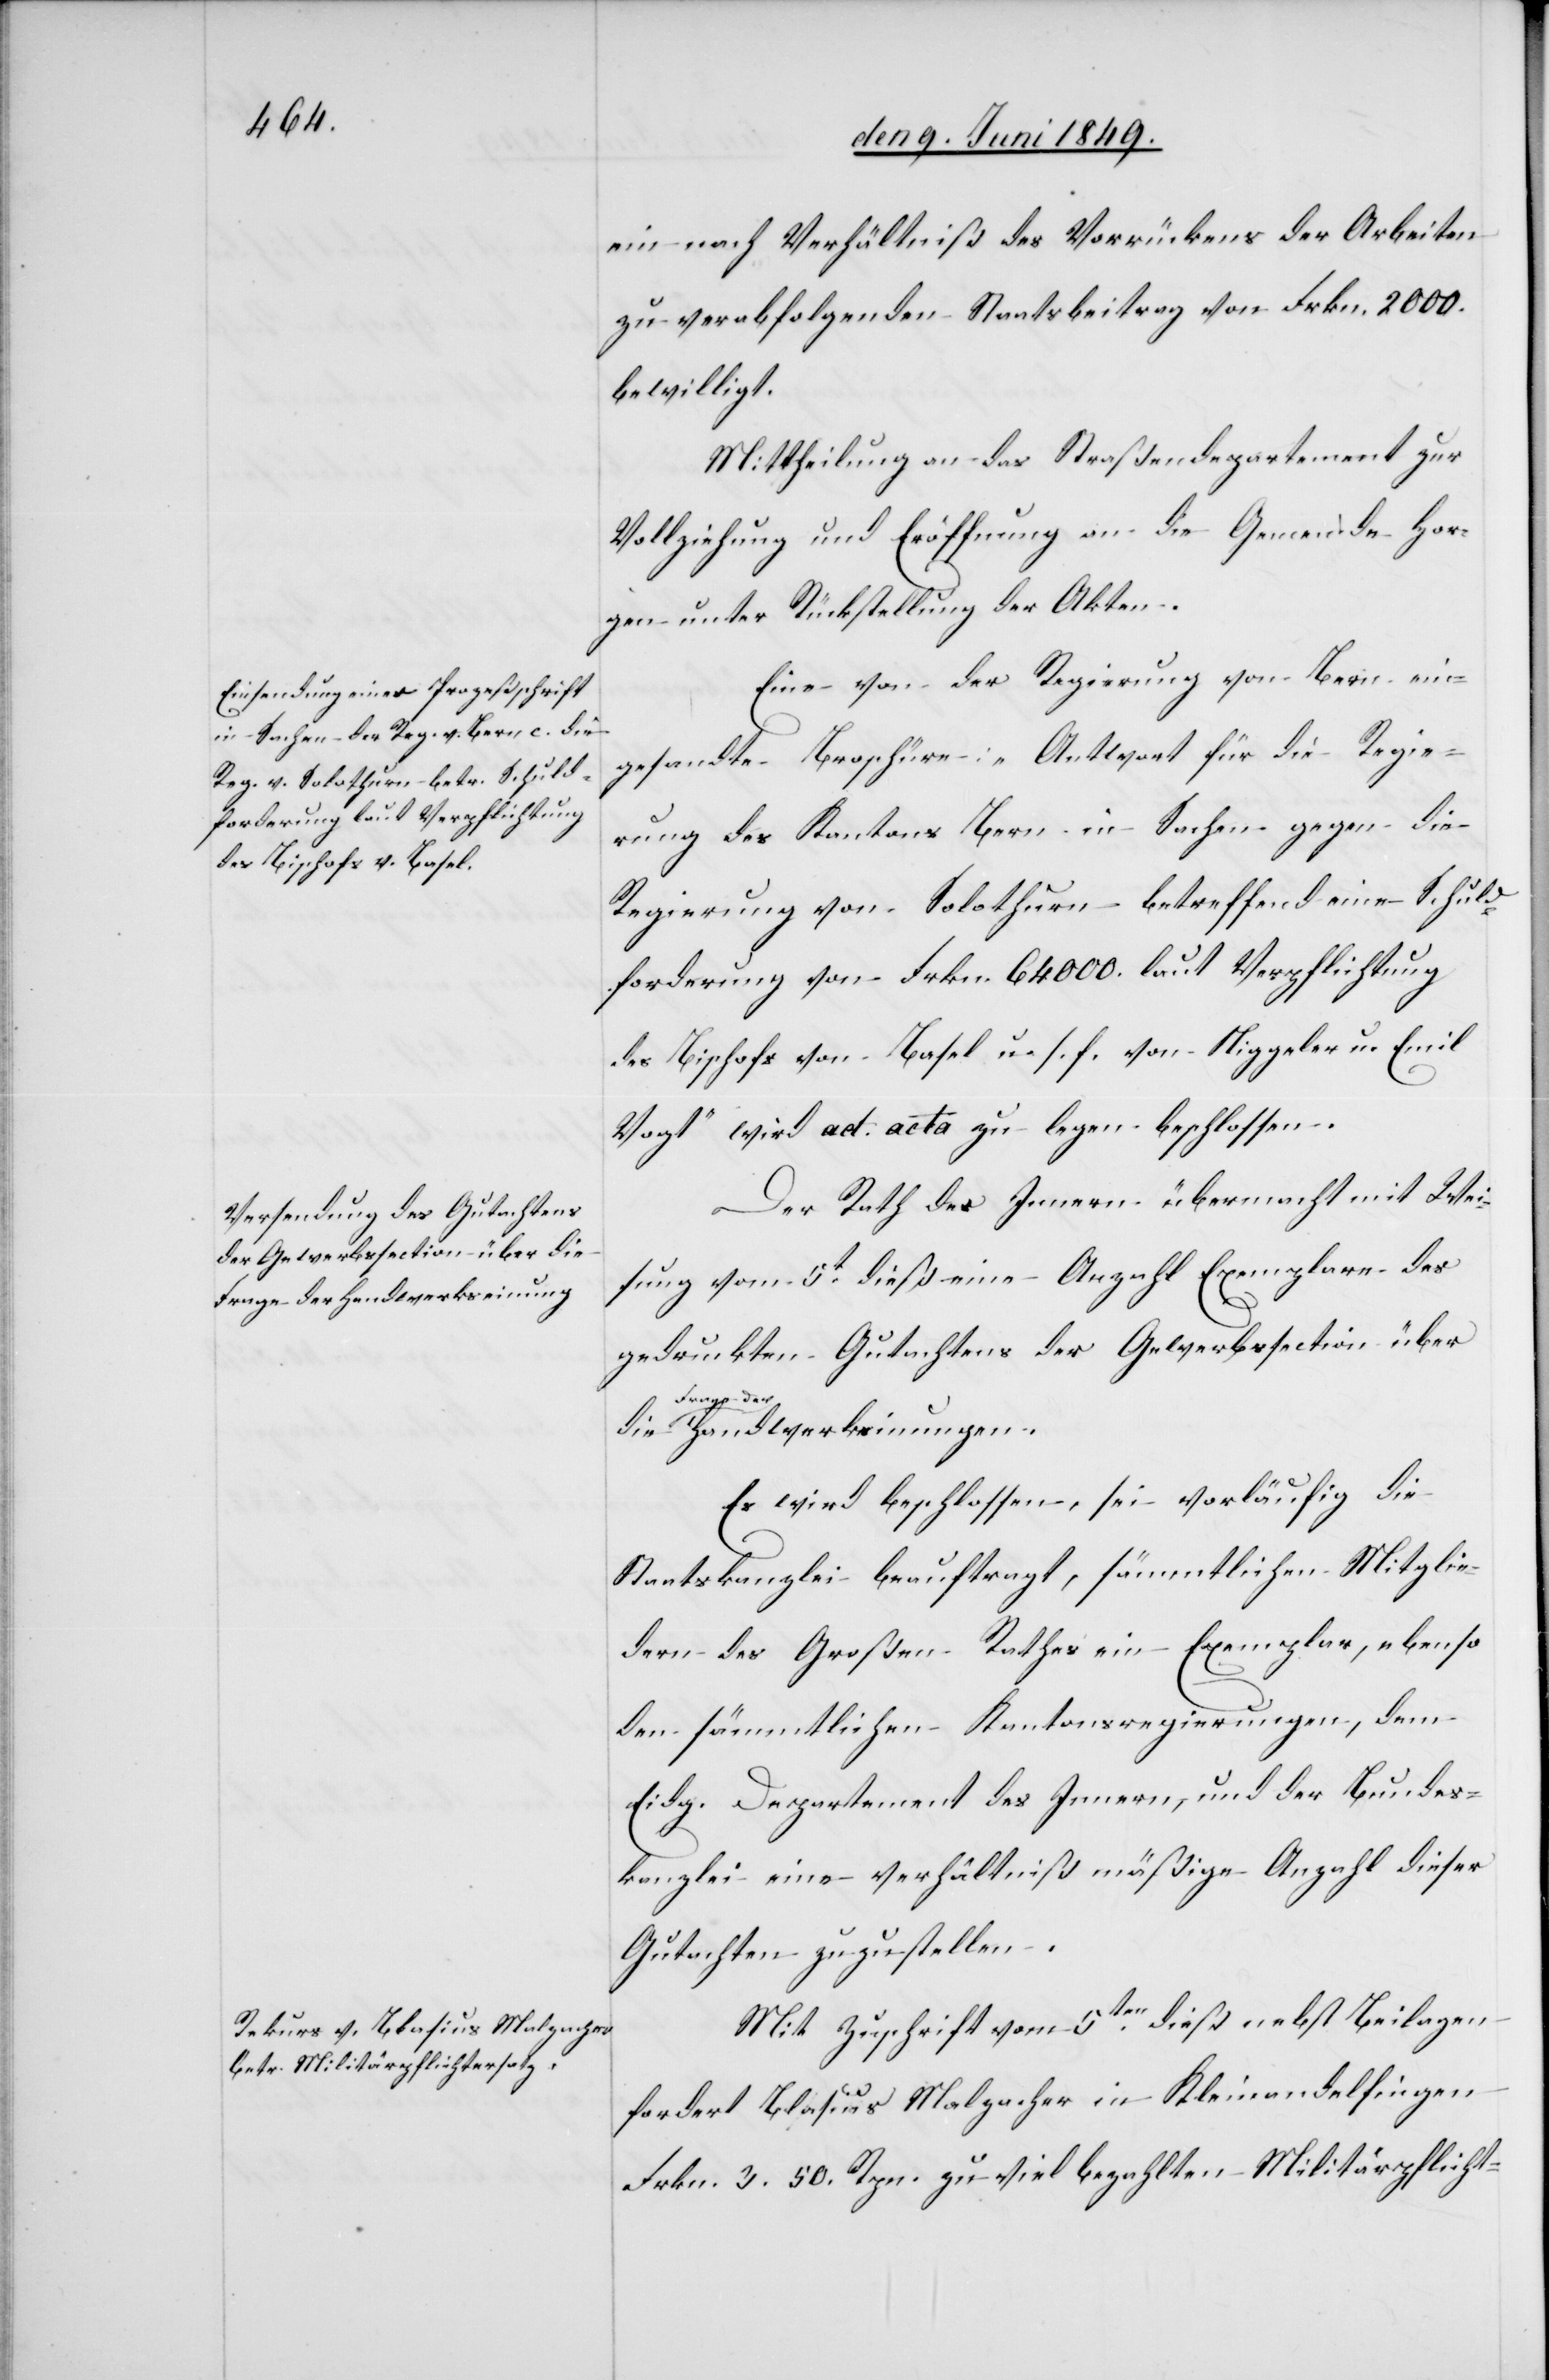
ein nach Verhältniß des Vorrückens der Arbeiten
zu verabfolgenden Staatsbeitrag von Frkn. 2 000.
bewilligt.
Mittheilung an das Straßendepartement zur
Vollziehung und Eröffnung an die Gemeinde Hor¬
gen unter Rückstellung der Akten.
Eine von der Regierung von Bern ein¬
gesandte Broschüre: „Antwort für die Regie¬
rung des Kantons Bern in Sachen gegen die
Regierung von Solothurn betreffend eine Schuld¬
forderung von Frkn. 64 000. laut Verpflichtung
des Bischofs von Basel u. s. f. von Niggeler u. Emil
Vogt“ wird ad acta zu legen beschlossen.
Der Rath des Innern übermacht mit Wei¬
sung vom 5t dieß eine Anzahl Exemplare des
gedruckten Gutachtens der Gewerbssection über
der-a Handwerkeinungen.
Es wird beschlossen, sei vorläufig die
Staatskanzlei beauftragt, sämmtlichen Mitglie¬
dern des Großen Rathes ein Exemplar, ebenso
den sämmtlichen Kantonsregierungen, dem
Eidg. Departement des Innern, und der Bundes¬
kanzlei eine verhältnißmäßige Anzahl dieser
Gutachten zuzustellen.
Mit Zuschrift vom 5ten dieß nebst Beilagen
fordert Blasius Malzacher in Kleinandelfingen
Frkn. 3 50. Rpn. zu viel bezahlten Militärpflicht-